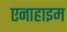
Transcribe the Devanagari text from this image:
एनाहाइम